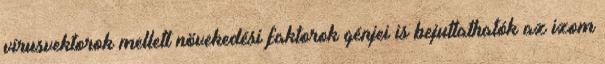
vírusvektorok mellett növekedési faktorok génjei is bejuttathatók az izom